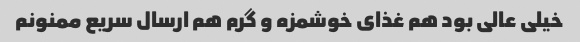
خیلی عالی بود هم غذای خوشمزه و گرم هم ارسال سریع ممنونم